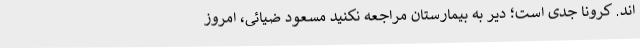
اند. کرونا جدی است؛ دیر به بیمارستان مراجعه نکنید مسعود ضیائی، امروز